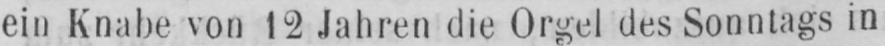
ein Knabe von 12 Jahren die Orgel des Sonntags in